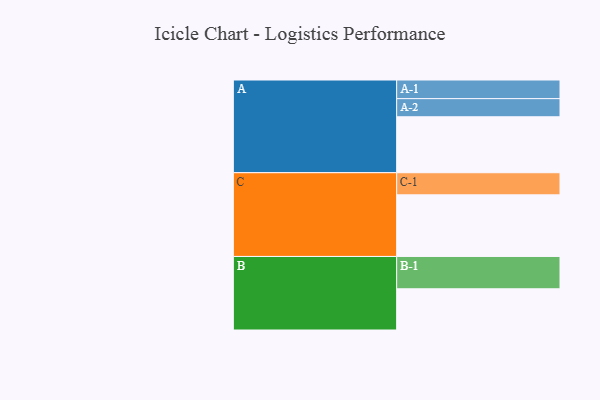
{"axis": {"x": "Segment", "y": "Value"}, "legend": ["", "A", "B", "C"], "data": [{"x": "A", "y": 516, "type": ""}, {"x": "B", "y": 380, "type": ""}, {"x": "C", "y": 568, "type": ""}, {"x": "A-1", "y": 172, "type": "A"}, {"x": "A-2", "y": 167, "type": "A"}, {"x": "B-1", "y": 298, "type": "B"}, {"x": "C-1", "y": 204, "type": "C"}]}